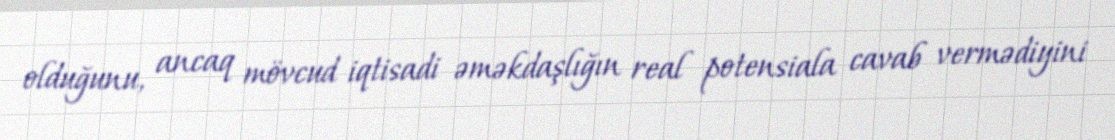
olduğunu, ancaq mövcud iqtisadi əməkdaşlığın real potensiala cavab vermədiyini